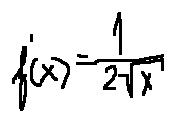
f ^ { \prime } ( x ) = \frac { 1 } { 2 \sqrt { x } }